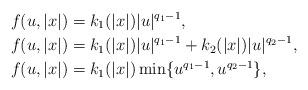
LaTeX: \begin{align*} & f(u, |x|) = k_1(|x|)|u|^{q_1-1} , \\ & f(u, |x|) = k_1(|x|)|u|^{q_1-1} + k_2(|x|)|u|^{q_2-1}, \\ & f(u, |x|) = k_1(|x|) \min \{ u^{q_1-1}, u^{q_2-1} \}, \end{align*}